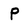
Character: p